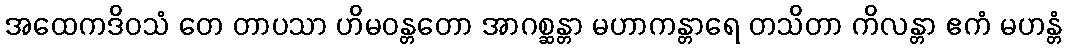
အထေကဒိဝသံ တေ တာပသာ ဟိမဝန္တတော အာဂစ္ဆန္တာ မဟာကန္တာရေ တသိတာ ကိလန္တာ ဧကံ မဟန္တံ